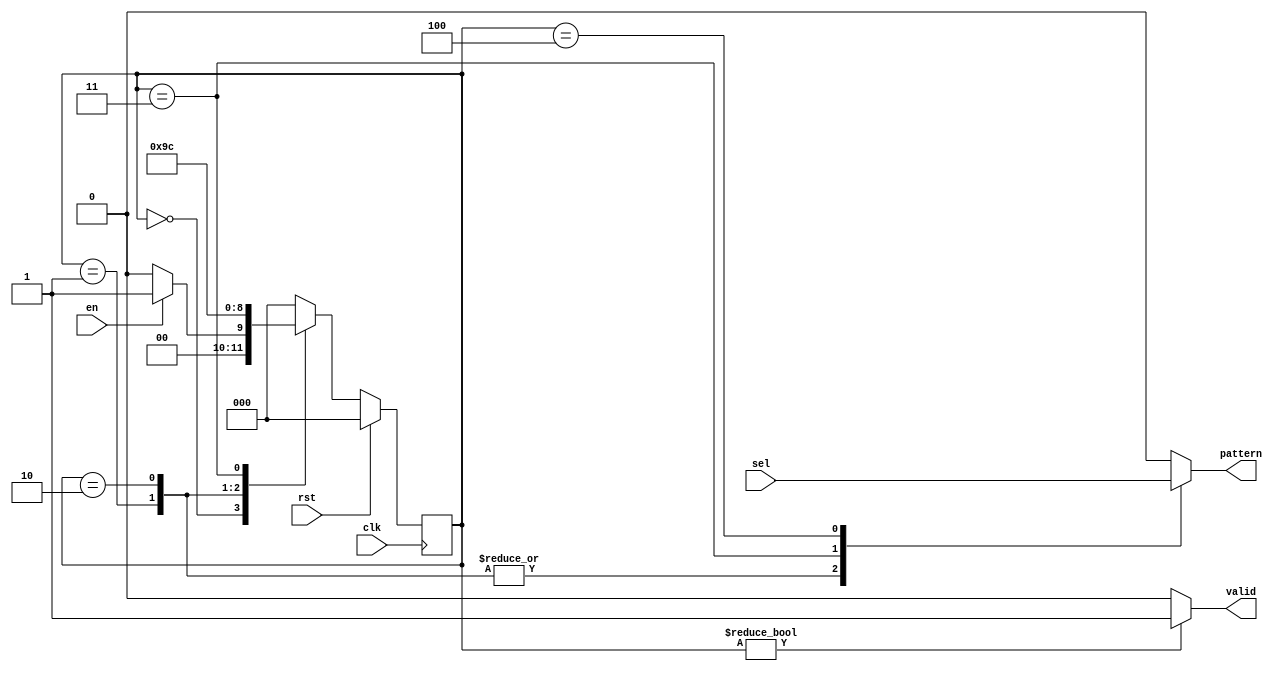
module pattern_gen(clk, rst, en, sel, pattern, valid);

input clk, rst;
input en;
input [2:0] sel;
output  pattern;
output  valid;
parameter s0 = 3'b000, 
          s1 = 3'b001, 
          s2 = 3'b010,
          s3 = 3'b011, 
          s4 = 3'b100;
reg [2:0] ns ,cs;
reg  pattern;
reg valid;
always @(posedge clk)begin
    if(rst)begin
        cs <= s0;
    end
    else begin
        cs <= ns;
    end
end
always@(*)begin
    case(cs)
        s0: begin
            if(en)begin
                ns = s1;
            end
            else begin
                ns = s0;
            end
        end
        s1:
            ns = s2;
        s2:
            ns = s3;
        s3:
            ns = s4;
        s4:
            ns = s0; 
        default:
            ns = s0;   
    endcase
end    
always@(*)begin
    case(cs)
        s0: 
            pattern = 1'b0;
        s1: 
            pattern = sel[2];
        s2:
            pattern = sel[2];
        s3:
            pattern = sel[1];
        s4: 
            pattern = sel[0];
        default:
            pattern = 1'b0;           
    endcase
end    
always@(*)begin
    if(cs != s0)
        valid = 1'b1;
    else
        valid = 1'b0;
end    
endmodule